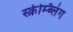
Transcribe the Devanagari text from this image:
स्क्रेम्ब्लिंग